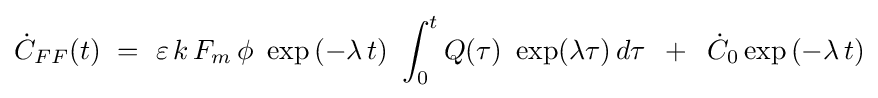
{\dot {C}}_{FF}(t)\,\,=\,\,\varepsilon \,k\,F_{m}\,\phi \,\,\exp \left({-\lambda \,t}\right)\,\,\int _{0}^{t}{Q(\tau )\,\,\exp(\lambda \tau )\,d\tau \,\,\,+\,\,\,{\dot {C}}_{0}\exp \left({-\lambda \,t}\right)}